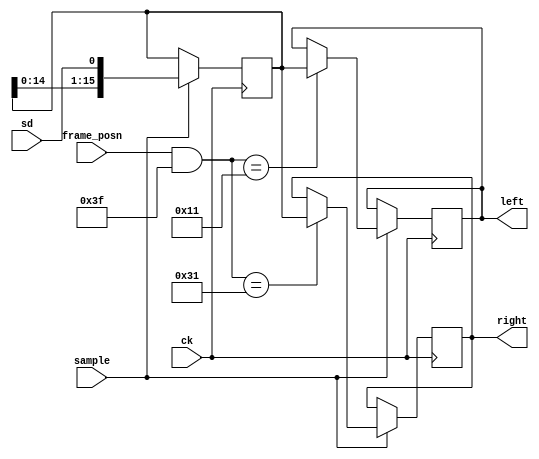
module i2s_rx
    #(parameter BITS=16, CLOCKS=64)
   (input wire ck,
    input wire sample, // sample the data in here
    input wire [5:0] frame_posn,
    input wire sd,  // I2S data in
    output reg [BITS-1:0] left, 
    output reg [BITS-1:0] right
);

    // The 24-bit data from the mic, starts at t=2 (I2S spec)

    initial left = 0;
    initial right = 0;

    // shift the microphone data into N-bit shift register. 
    reg [BITS-1:0] shift = 0;

    wire [5:0] EOW_LEFT;
    wire [5:0] EOW_RIGHT;
    wire [5:0] MASK;
    wire [5:0] frame;
    wire [5:0] midpoint;

    generate
        if (CLOCKS==64) begin
            assign MASK = 6'b111111;
            assign midpoint = 32;
        end
        if (CLOCKS==32) begin
            assign MASK = 6'b011111;
            assign midpoint = 16;
        end
    endgenerate

    assign EOW_LEFT = MASK & (1 + BITS);
    assign EOW_RIGHT = MASK & (1 + BITS + midpoint);
    assign frame = frame_posn & MASK;

    always @(posedge ck) begin

        if (sample) begin

            shift <= { shift[BITS-2:0], sd };

            if (frame == EOW_LEFT) begin
                left <= shift;
            end

            if (frame == EOW_RIGHT) begin
                right <= shift;
            end

        end

    end

endmodule